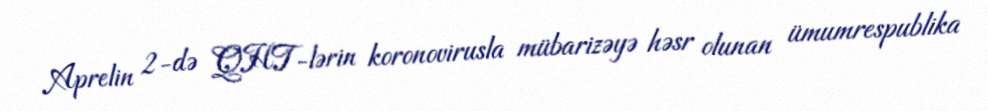
Aprelin 2-də QHT-lərin koronovirusla mübarizəyə həsr olunan ümumrespublika